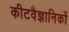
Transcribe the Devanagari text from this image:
कीटवैज्ञानिकों